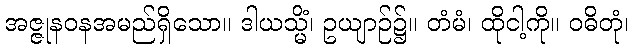
အဇ္ဇုနဝနအမည်ရှိသော။ ဒါယသ္မိံ၊ ဥယျာဉ်၌။ တံမံ၊ ထိုငါ့ကို။ ဝဓိတုံ၊